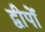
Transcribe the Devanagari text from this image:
द्वीपोँ